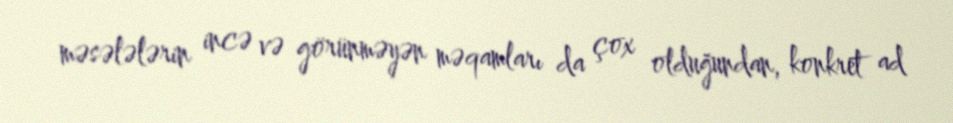
məsələlərin incə və görünməyən məqamları da çox olduğundan, konkret ad